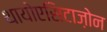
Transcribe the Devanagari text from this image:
थायोएसिटाज़ोन